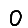
Digit: 0